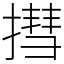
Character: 㨹